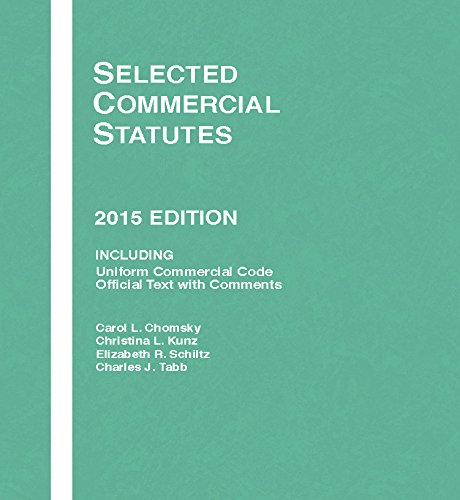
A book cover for Selected Commercial Statutes (Selected Statutes); Carol Chomsky; Law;